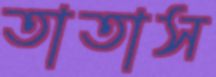
তাতাস